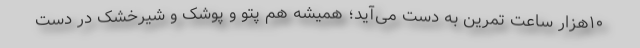
۱۰هزار ساعت تمرین به دست می‌آید؛ همیشه هم پتو و پوشک و شیرخشک در دست